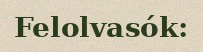
Felolvasók: